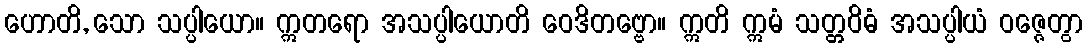
ဟောတိ, သော သပ္ပါယော။ ဣတရော အသပ္ပါယောတိ ဝေဒိတဗ္ဗော။ ဣတိ ဣမံ သတ္တဝိဓံ အသပ္ပါယံ ဝဇ္ဇေတွာ